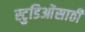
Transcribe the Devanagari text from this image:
स्टुडिओंसाठी